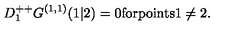
D _ { 1 } ^ { + + } G ^ { ( 1 , 1 ) } ( 1 \vert 2 ) = 0 \mathrm { f o r p o i n t s 1 \neq 2 . }